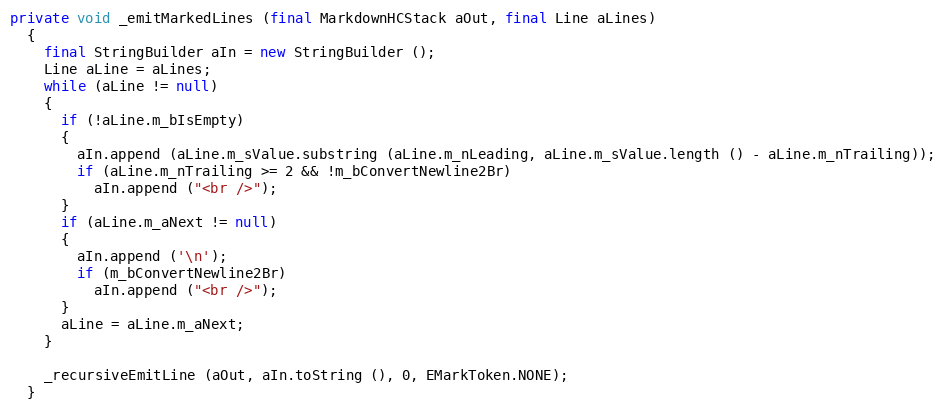
Language: Java
private void _emitMarkedLines (final MarkdownHCStack aOut, final Line aLines)
  {
    final StringBuilder aIn = new StringBuilder ();
    Line aLine = aLines;
    while (aLine != null)
    {
      if (!aLine.m_bIsEmpty)
      {
        aIn.append (aLine.m_sValue.substring (aLine.m_nLeading, aLine.m_sValue.length () - aLine.m_nTrailing));
        if (aLine.m_nTrailing >= 2 && !m_bConvertNewline2Br)
          aIn.append ("<br />");
      }
      if (aLine.m_aNext != null)
      {
        aIn.append ('\n');
        if (m_bConvertNewline2Br)
          aIn.append ("<br />");
      }
      aLine = aLine.m_aNext;
    }

    _recursiveEmitLine (aOut, aIn.toString (), 0, EMarkToken.NONE);
  }